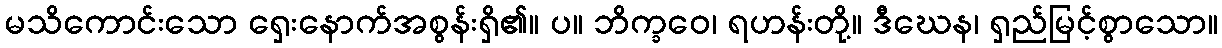
မသိကောင်းသော ရှေးနောက်အစွန်းရှိ၏။ ပ။ ဘိက္ခဝေ၊ ရဟန်းတို့။ ဒီဃေန၊ ရှည်မြင့်စွာသော။